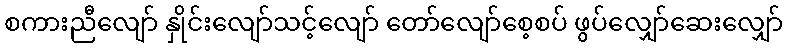
စကားညီလျော် နှိုင်းလျော်သင့်လျော် တော်လျော်စေ့စပ် ဖွပ်လျှော်ဆေးလျှော်